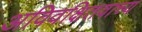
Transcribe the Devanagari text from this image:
अविवक्षितवाच्य